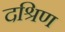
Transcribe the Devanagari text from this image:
दश्रिण